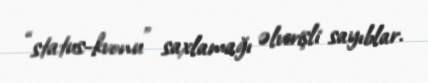
“status-kvonu” saxlamağı əlverişli sayıblar.